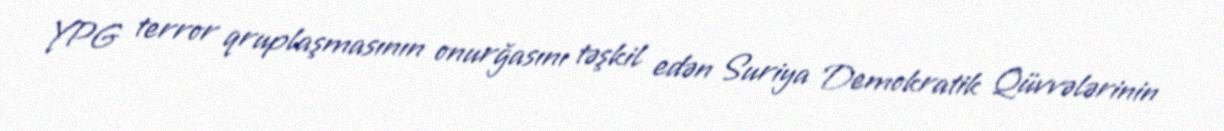
YPG terror qruplaşmasının onurğasını təşkil edən Suriya Demokratik Qüvvələrinin